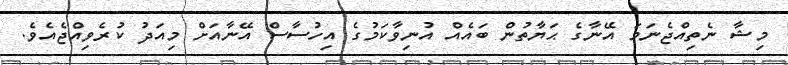
މިޝާ ނެތިއްޖެނަމަ އޭނާގެ ޙަޔާތުން ބައެއް އުނިވާކަމުގެ އިހުސާސް އޭނާއަށް މިއަދު ކުރެވިއްޖެއެވެ.